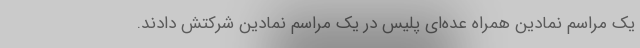
یک مراسم نمادین همراه عده‌ای پلیس در یک مراسم نمادین شرکتش دادند.